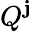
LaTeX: Q^{\mathbf{j}}